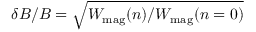
\delta B / B = \sqrt { W _ { \mathrm { m a g } } ( n ) / W _ { \mathrm { m a g } } ( n = 0 ) }